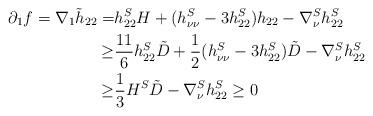
LaTeX: \begin{align*}\partial_1 f = \nabla_1 \tilde{h}_{22}=& h^S_{22} H + (h^S_{\nu \nu} -3 h^S_{22}) h_{22} - \nabla_\nu^S h^S_{22} \\ \geq & \frac{11}{6} h^S_{22} \tilde{D} + \frac{1}{2} (h^S_{\nu \nu} -3 h^S_{22}) \tilde{D} -\nabla_\nu^S h^S_{22} \\ \geq & \frac{1}{3} H^S \tilde{D} -\nabla_\nu^S h^S_{22} \geq 0\end{align*}